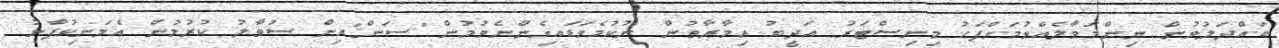
ބައްދަލުވުން ނިންމަވާލެއްވުމަށްފަހު މިނިސްޓަރު އަދީބު އިމާރާތުން ނުކުމެވަޑައިގެންނެވުމުން "ސަން"އިން ސުވާލު ކުރުމުން އެމަނިކުފާނު